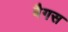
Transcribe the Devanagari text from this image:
बैगस